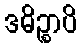
ဒဓိဉ္စာပိ